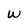
Character: W